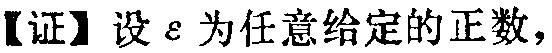
【证】设\(\varepsilon\)为任意给定的正数，